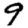
Digit: 9